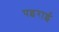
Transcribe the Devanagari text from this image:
पइराई